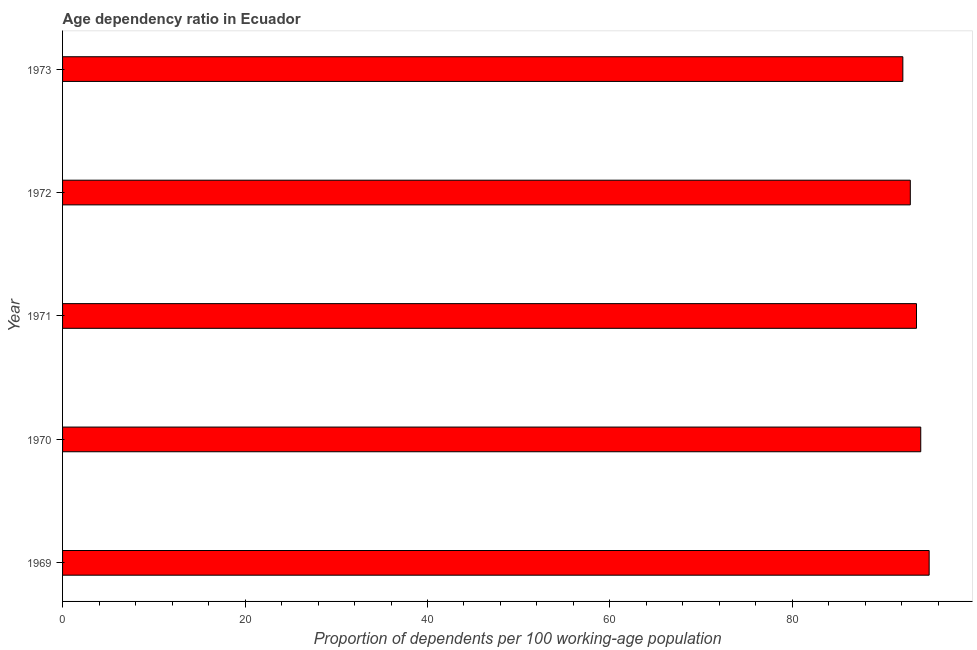
| Year | Age dependency ratio (% of working-age population) |
 | --- | --- |
 | 1969 | 95 |
 | 1970 | 94.1 |
 | 1971 | 93.6 |
 | 1972 | 92.9 |
 | 1973 | 92.1 |